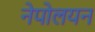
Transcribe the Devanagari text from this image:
नेपोलयन